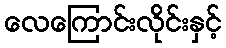
လေကြောင်းလိုင်းနှင့်